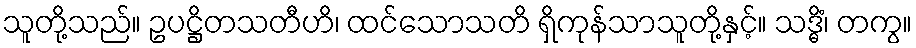
သူတို့သည်။ ဥပဋ္ဌိတသတီဟိ၊ ထင်သောသတိ ရှိကုန်သာသူတို့နှင့်။ သဒ္ဓိံ၊ တကွ။